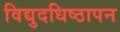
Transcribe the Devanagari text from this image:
विद्युदधिष्ठापन